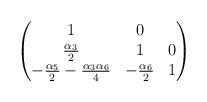
LaTeX: \begin{align*}\begin{pmatrix}1&0&\\\frac{\alpha_{3}}{2}&1&0\\-\frac{\alpha_{5}}{2} - \frac{\alpha_{3} \alpha_{6}}{4}&- \frac{\alpha_{6}}{2}&1\end{pmatrix}\end{align*}